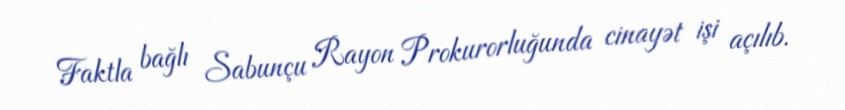
Faktla bağlı Sabunçu Rayon Prokurorluğunda cinayət işi açılıb.